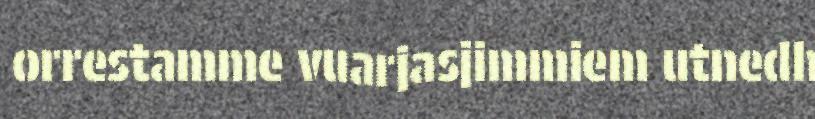
orrestamme vuarjasjimmiem utnedh